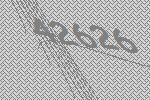
42626